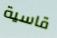
قاسية